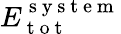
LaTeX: E_{\mathrm{~t~o~t~}}^{\mathrm{~s~y~s~t~e~m~}}